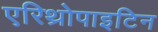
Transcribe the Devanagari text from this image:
एरिथ्रोपाइटिन